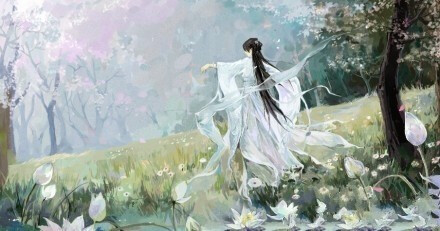
秋娘渡与泰娘桥，风又飘飘，雨又萧萧。